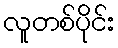
လူတစ်ပိုင်း